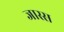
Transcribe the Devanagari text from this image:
जास्स